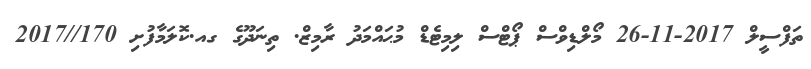
ތަފްސީލް 2017-11-26 މޯލްޑިވްސް ޕޯޓްސް ލިމިޓެޑް މުޙައްމަދު ރާމިޒް. ތިނަދޫގެ ގއ.ކޮލަމާފުށި 170//2017